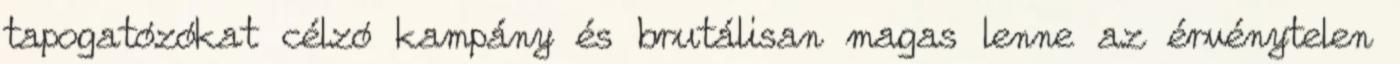
tapogatózókat célzó kampány és brutálisan magas lenne az érvénytelen